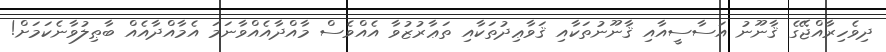
ދިވެހިރާއްޖޭގެ ޤާނޫނު އަސާސީއާއި ޤާނޫނުތަކާއި ޤަވާޢިދުތަކާއި ތަޢާރުޒުވާ އެއްވެސް މާއްދާއެއްވާނަމަ އެމާއްދާއެއް ބާޠިލުވާނެކަމަށް!